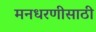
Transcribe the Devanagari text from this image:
मनधरणीसाठी